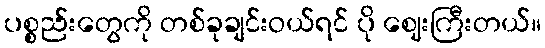
ပစ္စည်းတွေကို တစ်ခုချင်းဝယ်ရင် ပို ဈေးကြီးတယ်။